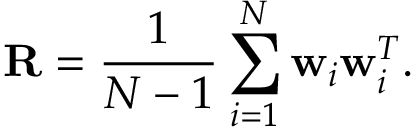
\mathbf { R } = \frac { 1 } { N - 1 } \sum _ { i = 1 } ^ { N } \mathbf { w } _ { i } \mathbf { w } _ { i } ^ { T } .